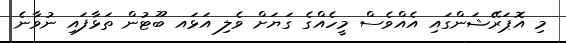
މި އޮޕަރޭޝަންގައި އެއްވެސް މީހެއްގެ ގަޔަށް ވެލި އަޅައ ބޫޓުން ތަޅާފައި ނުވާނެ